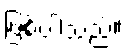
ဖြစ်ပါသည်။